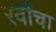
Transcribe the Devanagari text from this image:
रवींचा